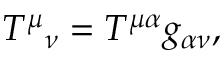
T ^ { \mu } { } _ { \nu } = T ^ { \mu \alpha } g _ { \alpha \nu } ,